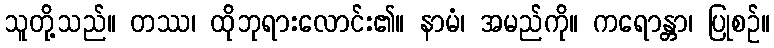
သူတို့သည်။ တဿ၊ ထိုဘုရားလောင်း၏။ နာမံ၊ အမည်ကို။ ကရောန္တာ၊ ပြုစဉ်။